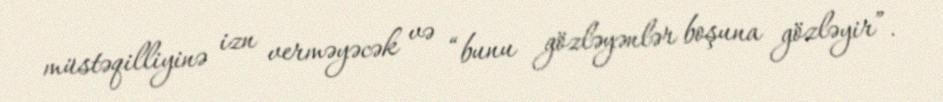
müstəqilliyinə izn verməyəcək və “bunu gözləyənlər boşuna gözləyir”.